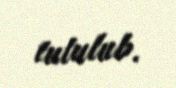
tutulub.